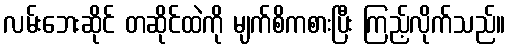
လမ်းဘေးဆိုင် တဆိုင်ထဲကို မျက်စိကစားပြီး ကြည့်လိုက်သည်။